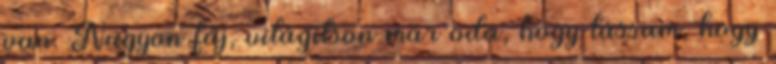
van. Nagyon fáj, világítson már oda, hogy lássam, hogy